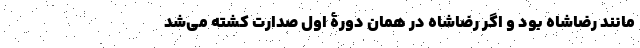
مانند رضا‌شاه بود و اگر رضا‌شاه در همان دورۀ اول صدارت کشته می‌شد